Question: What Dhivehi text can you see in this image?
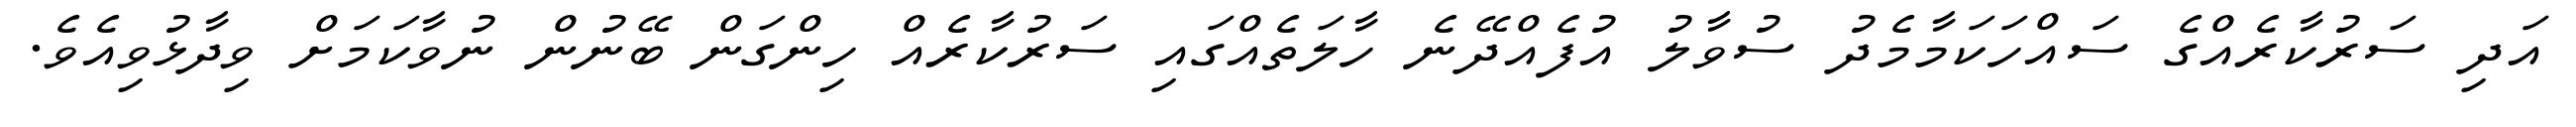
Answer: އަދި ސަރުކާރެއްގެ ސައްހަކަމާމެދު ސުވާލު އުފެއްދޭނެ ހާލަތެއްގައި ސަރުކާރެއް ހިންގަން ބޭނުން ނުވާކަމަށް ވިދާޅުވިއެވެ.